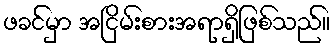
ဖခင်မှာ အငြိမ်းစားအရာရှိဖြစ်သည်။